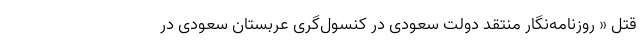
قتل « روزنامه‌نگار منتقد دولت سعودی در کنسول‌گری عربستان سعودی در